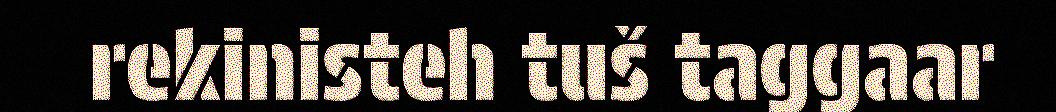
rekinisteh tuš taggaar